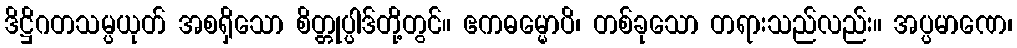
ဒိဋ္ဌိဂတသမ္ပယုတ် အစရှိသော စိတ္တုပ္ပါဒ်တို့တွင်။ ဧကဓမ္မောပိ၊ တစ်ခုသော တရားသည်လည်း။ အပ္ပမာဏေ၊